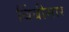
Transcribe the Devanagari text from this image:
बिंबीसार